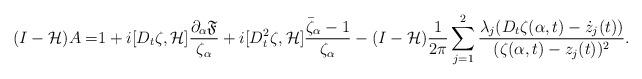
LaTeX: \begin{align*}(I-\mathcal{H})A=&1+i[D_t\zeta,\mathcal{H}]\frac{\partial_{\alpha}\mathfrak{F}}{\zeta_{\alpha}}+i[D_t^2\zeta,\mathcal{H}]\frac{\bar{\zeta}_{\alpha}-1}{\zeta_{\alpha}}-(I-\mathcal{H})\frac{1}{2\pi}\sum_{j=1}^2 \frac{\lambda_j(D_t\zeta(\alpha,t)-\dot{z}_j(t))}{(\zeta(\alpha,t)-z_j(t))^2}.\end{align*}